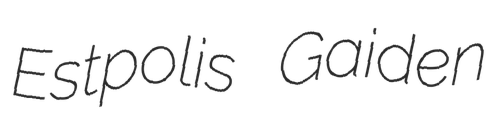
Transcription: Estpolis Gaiden